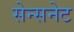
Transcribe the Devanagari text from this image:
सेन्सनेट